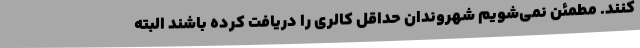
کنند. مطمئن نمی‌شویم شهروندان حداقل کالری را دریافت کرده باشند البته